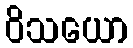
ဝိသယော